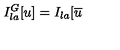
I _ { l a } ^ { G } [ u ] = I _ { l a } [ \overline { { u } }